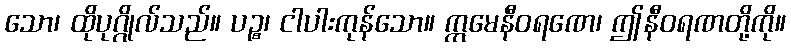
သော၊ ထိုပုဂ္ဂိုလ်သည်။ ပဉ္စ၊ ငါပါးကုန်သော။ ဣမေနီဝရဏေ၊ ဤနီဝရဏတို့ကို။